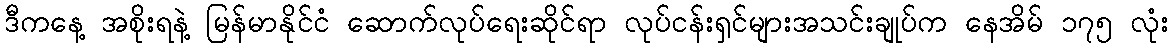
ဒီကနေ့ အစိုးရနဲ့ မြန်မာနိုင်ငံ ဆောက်လုပ်ရေးဆိုင်ရာ လုပ်ငန်းရှင်များအသင်းချုပ်က နေအိမ် ၁၇၅ လုံး